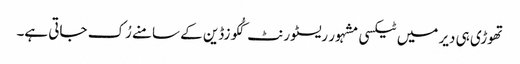
تھوڑی ہی دیر میں ٹیکسی مشہور ریسٹورنٹ کُکوزڈین کے سامنے رُک جاتی ہے۔